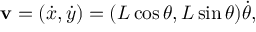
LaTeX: \mathbf { v } = ( { \dot { x } } , { \dot { y } } ) = ( L \cos \theta , L \sin \theta ) { \dot { \theta } } ,